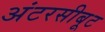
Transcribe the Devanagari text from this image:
अंटरसीबूट